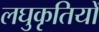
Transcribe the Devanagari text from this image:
लघुकृतियों